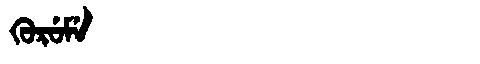
Manchu: ᡴᡠᡵᡠᠮᡝ
Romanization: KURUME